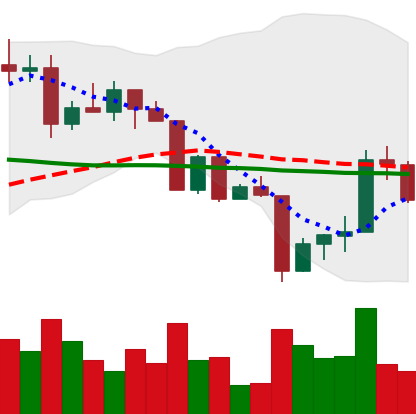
Ticker: XRP-USD
Chart end date: 2022-04-17
Forward return: -4.509%
Label: down_3_5